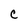
Character: C